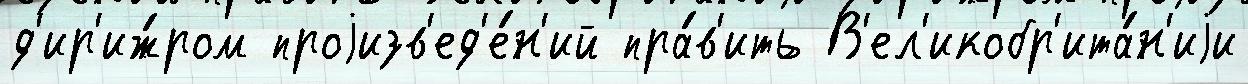
д'ир'иж́ром проjизв'ед'е́н'ий пра́в'ить В'ел'икобр'ита́н'иjи